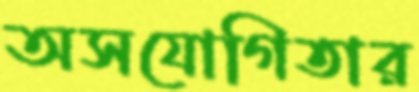
অসযোগিতার